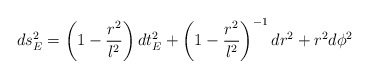
\begin{align*}ds^2_E = \left(1 - \frac{r^2}{l^2}\right) dt_E^2 + \left(1 - \frac{r^2}{l^2}\right)^{-1} dr^2 + r^2 d\phi^2\end{align*}